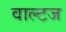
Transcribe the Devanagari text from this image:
वाल्टज